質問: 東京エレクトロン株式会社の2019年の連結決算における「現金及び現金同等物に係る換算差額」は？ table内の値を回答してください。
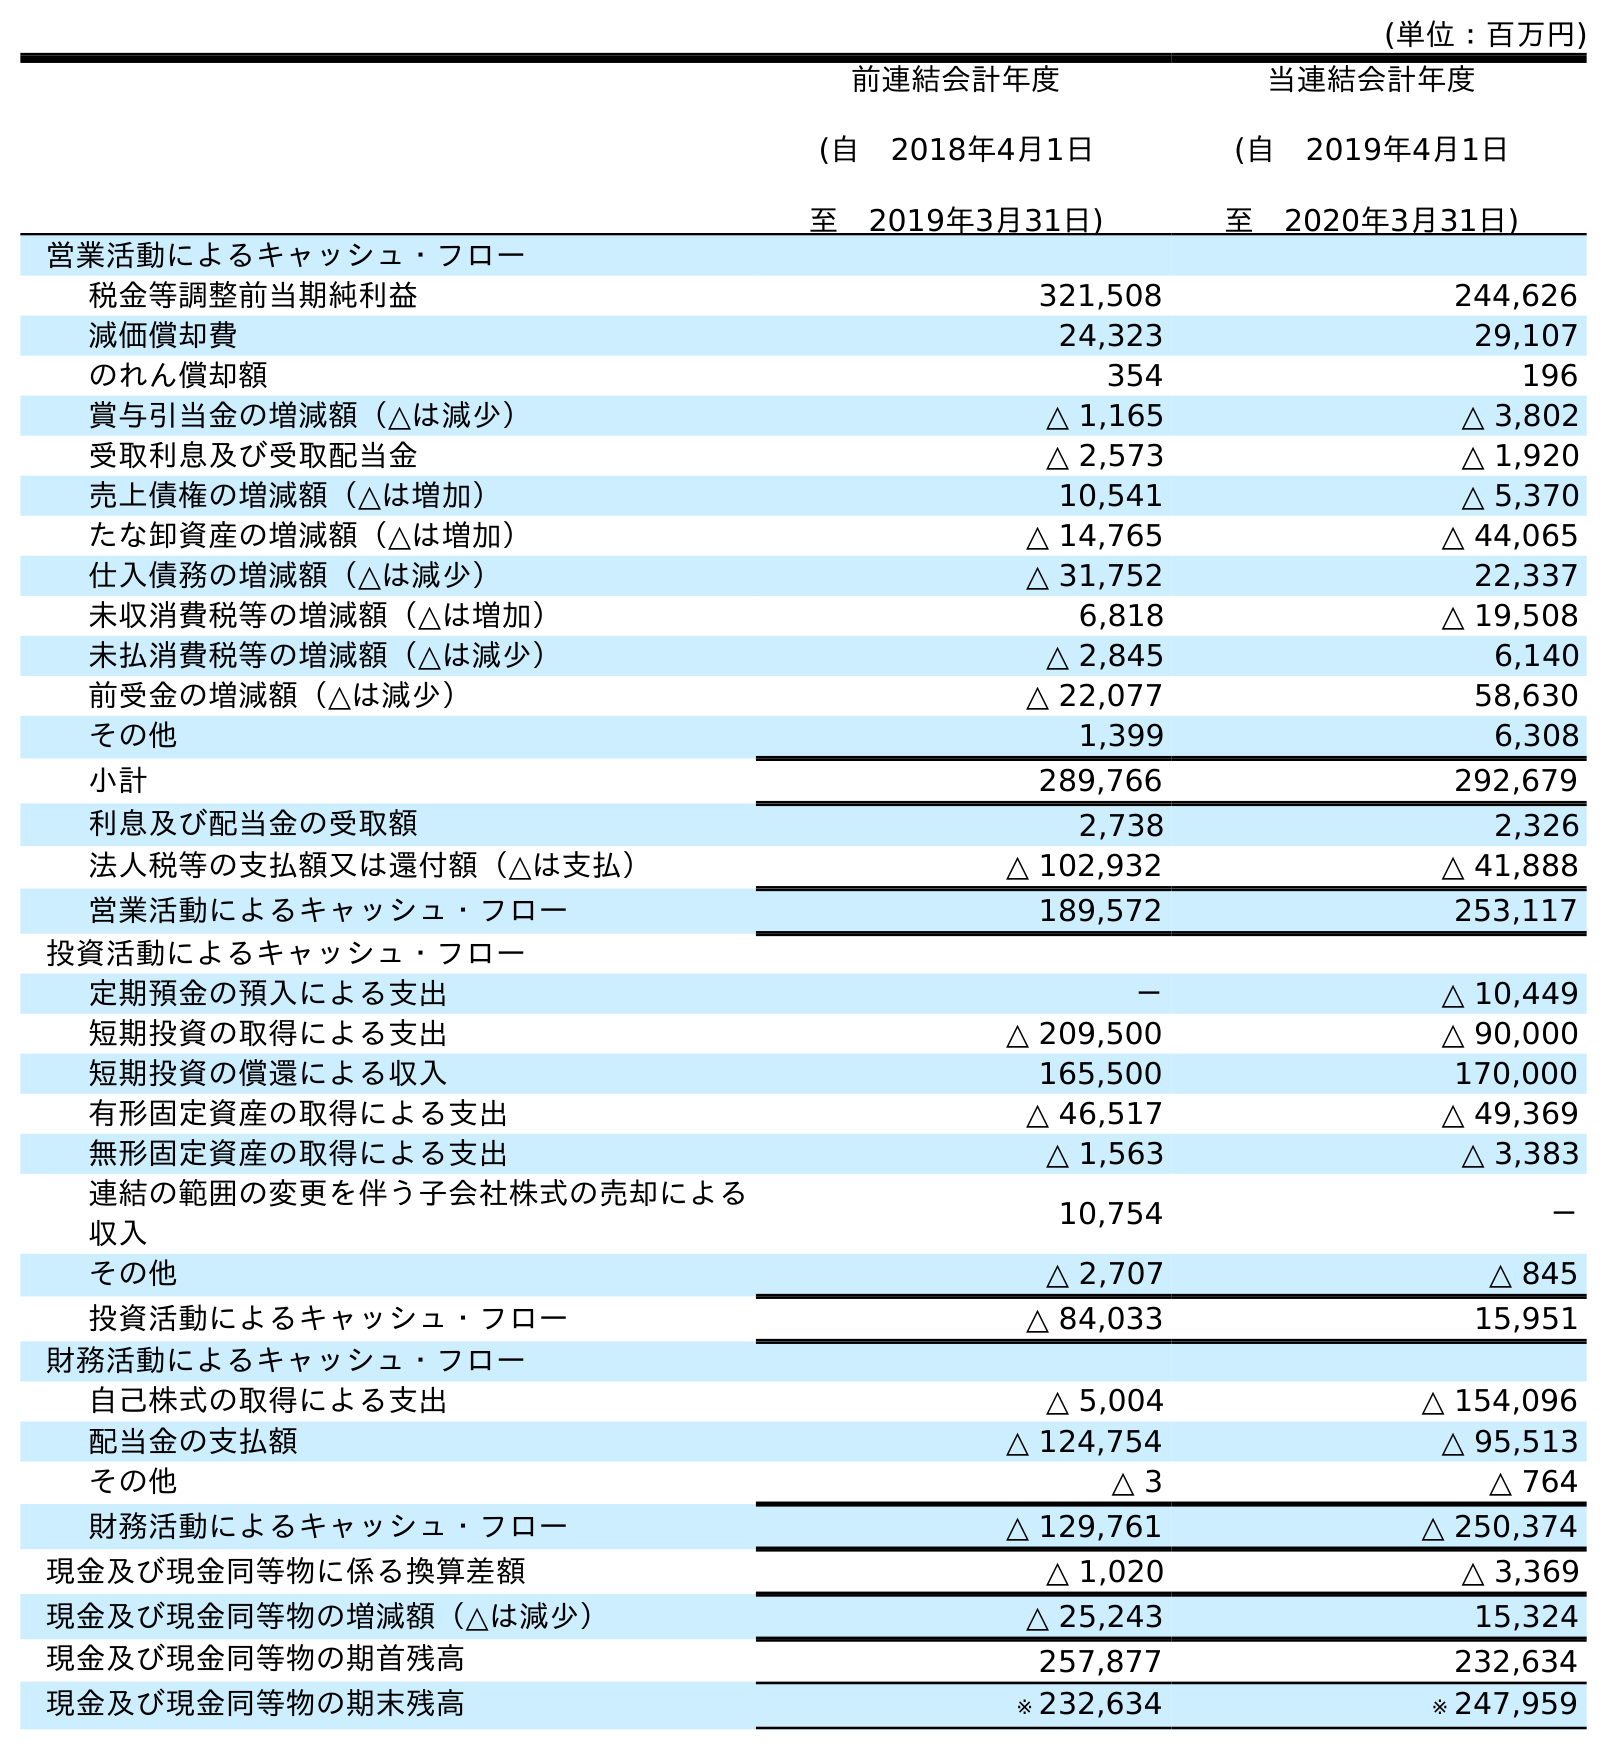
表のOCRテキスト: (単位：百万円) 前連結会計年度 (自 2018年4月1日 至 2019年3月31日) 当連結会計年度 (自 2019年4月1日 至 2020年3月31日) 営業活動によるキャッシュ・フロー 税金等調整前当期純利益 321,508 244,626 減価償却費 24,323 29,107 のれん償却額 354 196 賞与引当金の増減額（△は減少） △ 1,165 △ 3,802 受取利息及び受取配当金 △ 2,573 △ 1,920 売上債権の増減額（△は増加） 10,541 △ 5,370 たな卸資産の増減額（△は増加） △ 14,765 △ 44,065 仕入債務の増減額（△は減少） △ 31,752 22,337 未収消費税等の増減額（△は増加） 6,818 △ 19,508 未払消費税等の増減額（△は減少） △ 2,845 6,140 前受金の増減額（△は減少） △ 22,077 58,630 その他 1,399 6,308 小計 289,766 292,679 利息及び配当金の受取額 2,738 2,326 法人税等の支払額又は還付額（△は支払） △ 102,932 △ 41,888 営業活動によるキャッシュ・フロー 189,572 253,117 投資活動によるキャッシュ・フロー 定期預金の預入による支出 － △ 10,449 短期投資の取得による支出 △ 209,500 △ 90,000 短期投資の償還による収入 165,500 170,000 有形固定資産の取得による支出 △ 46,517 △ 49,369 無形固定資産の取得による支出 △ 1,563 △ 3,383 連結の範囲の変更を伴う子会社株式の売却による 収入 10,754 － その他 △ 2,707 △ 845 投資活動によるキャッシュ・フロー △ 84,033 15,951 財務活動によるキャッシュ・フロー 自己株式の取得による支出 △ 5,004 △ 154,096 配当金の支払額 △ 124,754 △ 95,513 その他 △ 3 △ 764 財務活動によるキャッシュ・フロー △ 129,761 △ 250,374 現金及び現金同等物に係る換算差額 △ 1,020 △ 3,369 現金及び現金同等物の増減額（△は減少） △ 25,243 15,324 現金及び現金同等物の期首残高 257,877 232,634 現金及び現金同等物の期末残高 ※ 232,634 ※ 247,959
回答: △1,020